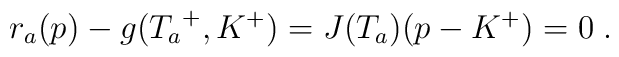
r_a(p) - g({T_a}^+,K^+) = J(T_a)(p - K^+) = 0 \;.